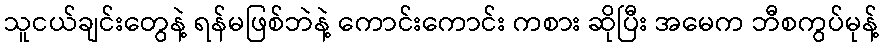
သူငယ်ချင်းတွေနဲ့ ရန်မဖြစ်ဘဲနဲ့ ကောင်းကောင်း ကစား ဆိုပြီး အမေက ဘီစကွပ်မုန့်